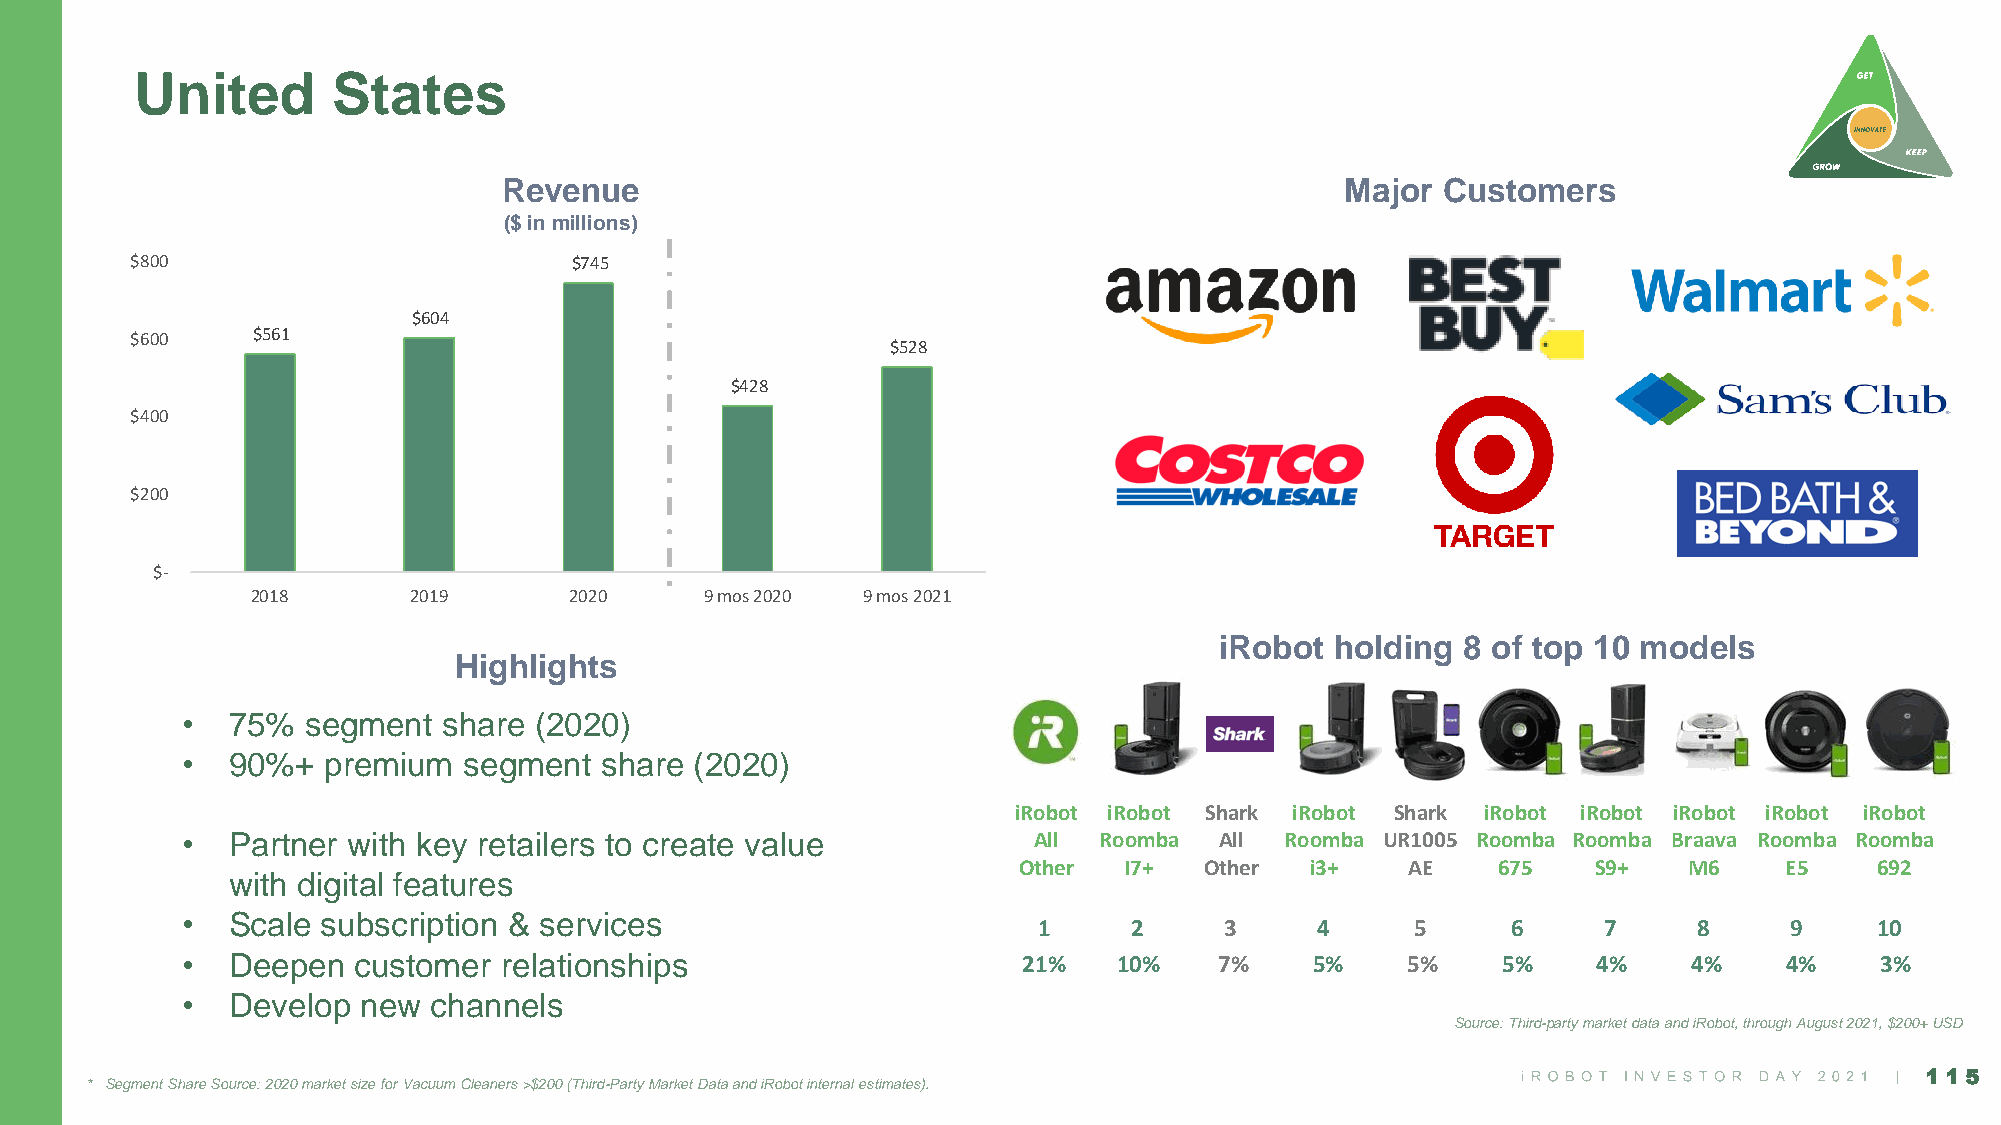
United       States
 Revenue                                                 Major Customers
 ($ in millions)
 $800                         $745
 $604
 $600    $561
 $528
 $428
 $400
 $200
 $-
 2018      2019       2020     9 mos 2020 9 mos 2021
 iRobot holding  8 of top 10 models
 Highlights
 •  75%  segment  share (2020)
 •  90%+  premium   segment  share (2020)
 iRobot iRobot Shark iRobot Shark iRobot iRobot iRobot iRobot iRobot
 •  Partner with key retailers to create value           All  Roomba  All Roomba UR1005 Roomba Roomba Braava Roomba Roomba
 Other  I7+   Other  i3+   AE    675    S9+   M6    E5    692
 with digital features
 •  Scale subscription & services
 1     2     3     4      5     6     7     8     9     10
 •  Deepen  customer  relationships                      21%   10%    7%    5%    5%    5%     4%    4%    4%    3%
 •  Develop  new channels
 Source: Third-party market data and iRobot, through August 2021, $200+ USD
 115
 * Segment Share Source: 2020 market size for Vacuum Cleaners >$200 (Third-Party Market Data and iRobot internal estimates).